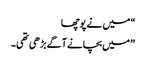
“ میں نے پوچھا
”میں بچانے آگے بڑھی تھی۔